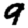
Digit: 9